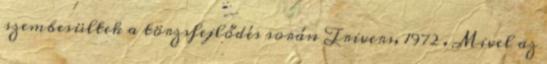
szembesültek a törzsfejlődés során Trivers, 1972 . Mivel az